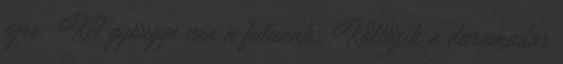
égre; Két gyöngye van a falunak; Költözik a darumadár